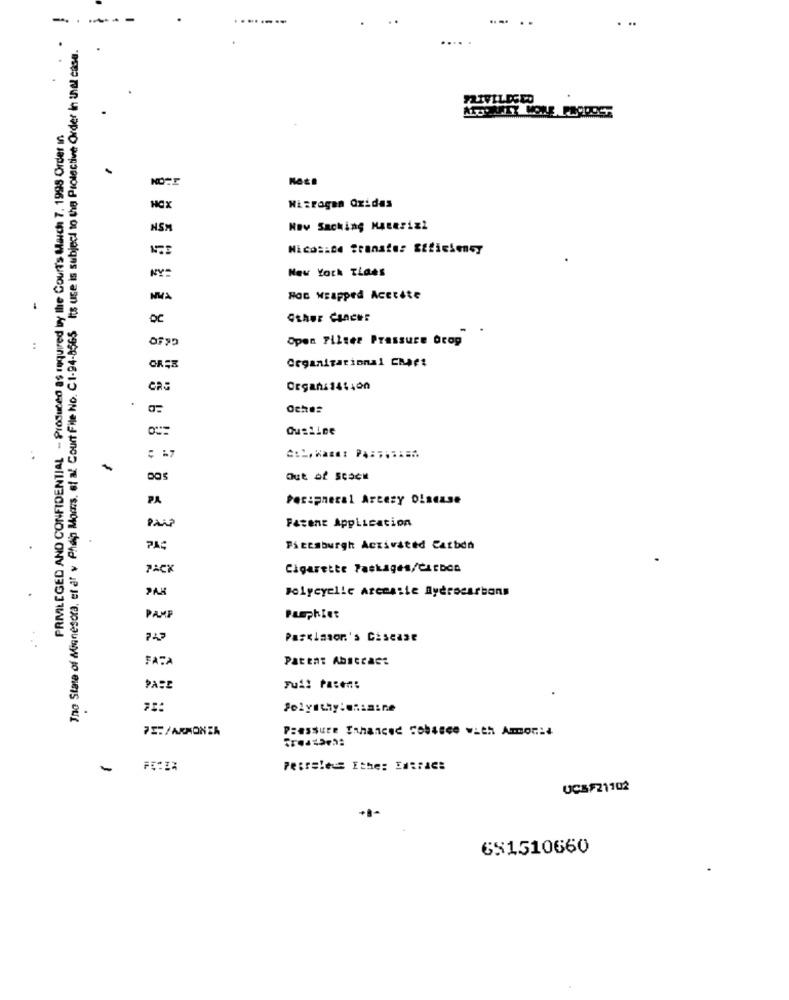
-.. .
-
.
....
The State of Minnesota, et af v Philip Moms, of al Court File No. C1-94-8565 Its use is subject to the Protective Order In that case.
PRIVILEGED AND CONFIDENTIAL - Produced as required by the Court's March 7. 1998 Order In
HCX
Nitrogen Oxidas
NSM
Now Sacking Materizt
Nicosine Stonate: Etticieney
NY
New York TLaes
NWA
Hoc wrapped AcetAte
.
Other Cancer
Open Filter Pressure Drop
Organizational CHAft
Oches
Ouslice
Out of Stock
PA
Peripheral Artezy OLacase
Pais
Patent Application
Pittsburgh Activated Carbon
PACK
Cigarette Packages/CATDOG
Polycyelle Arcossie Byèrocarbons
PAMP
Pamphlet
747
Parkinson's Disease
FATA
Patent Abstract
PS:/ARMONER
Pressure Trhanced cobasce with Ammonia
-
Petrale Ithe: EXtrac:
UCSF21102
651510660